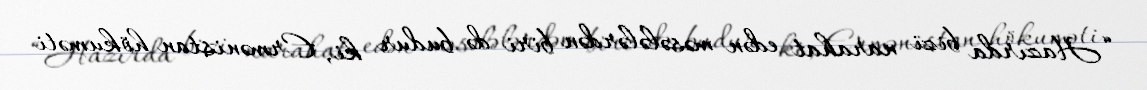
“Hazırda bizi narahat edən məsələlərdən biri də budur ki, Ermənistan hökuməti